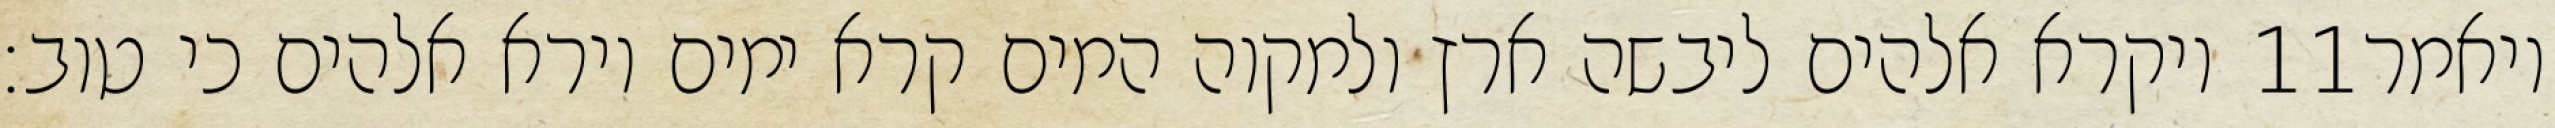
ויקרא אלהים ליבשה ארץ ולמקוה המים קרא ימים וירא אלהים כי טוב׃ ‎11‏ ויאמר